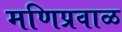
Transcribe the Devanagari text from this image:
मणिप्रवाळ